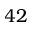
4 2